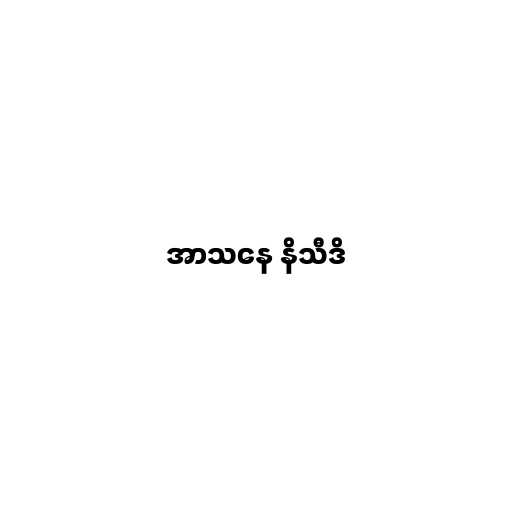
အာသနေ နိသီဒိ